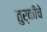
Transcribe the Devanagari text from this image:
तुर्कींचे